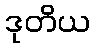
ဒုတိယ